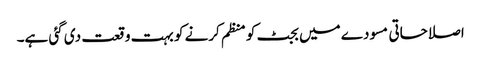
اصلاحاتی مسودے میں بجٹ کو منظم کرنے کو بہت وقعت دی گئی ہے۔